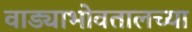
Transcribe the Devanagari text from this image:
वाड्याभोवतालच्या